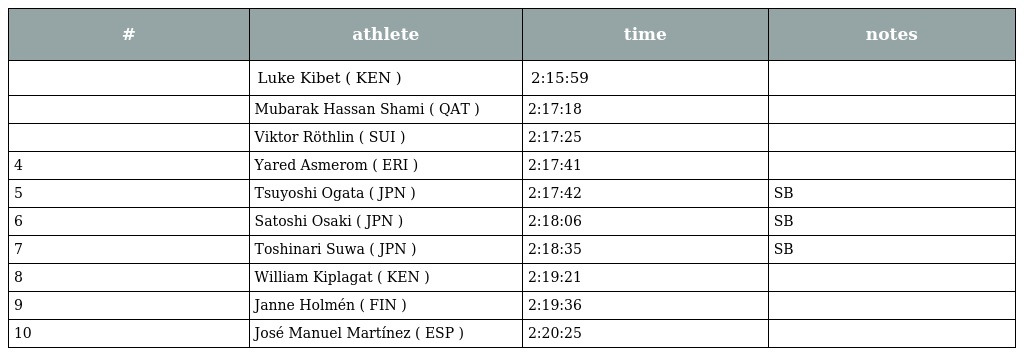
| # | athlete | time | notes |
 | --- | --- | --- | --- |
 |  | Luke Kibet ( KEN ) | 2:15:59 |  |
 |  | Mubarak Hassan Shami ( QAT ) | 2:17:18 |  |
 |  | Viktor Röthlin ( SUI ) | 2:17:25 |  |
 | 4 | Yared Asmerom ( ERI ) | 2:17:41 |  |
 | 5 | Tsuyoshi Ogata ( JPN ) | 2:17:42 | SB |
 | 6 | Satoshi Osaki ( JPN ) | 2:18:06 | SB |
 | 7 | Toshinari Suwa ( JPN ) | 2:18:35 | SB |
 | 8 | William Kiplagat ( KEN ) | 2:19:21 |  |
 | 9 | Janne Holmén ( FIN ) | 2:19:36 |  |
 | 10 | José Manuel Martínez ( ESP ) | 2:20:25 |  |